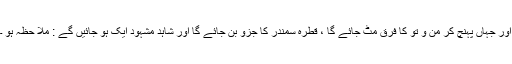
اور جہاں پہنچ کر من و تو کا فرق مٹ جائے گا ، قطرہ سمندر کا جزو بن جائے گا اور شاہد مشہود ایک ہو جائیں گے : ملا حظہ ہو ۔